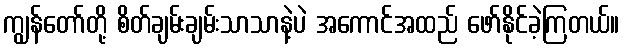
ကျွန်တော်တို့ စိတ်ချမ်းချမ်းသာသာနဲ့ပဲ အကောင်အထည် ဖော်နိုင်ခဲ့ကြတယ်။